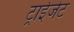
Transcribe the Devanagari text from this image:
ट्राईजेट